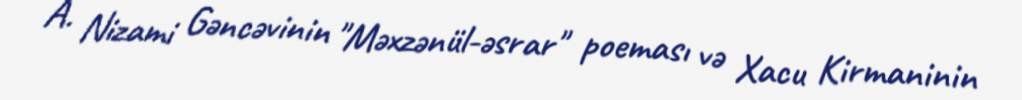
A. Nizami Gəncəvinin "Məxzənül-əsrar" poeması və Xacu Kirmaninin